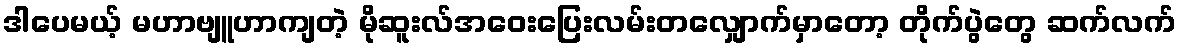
ဒါပေမယ့် မဟာဗျူဟာကျတဲ့ မိုဆူးလ်အဝေးပြေးလမ်းတလျှောက်မှာတော့ တိုက်ပွဲတွေ ဆက်လက်